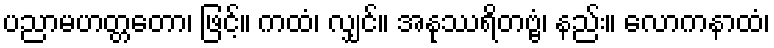
ပညာမဟတ္တတော၊ ဖြင့်။ ကထံ၊ လျှင်။ အနုဿရိတဗ္ဗံ၊ နည်း။ လောကနာထံ၊